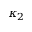
\kappa _ { 2 }